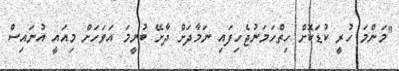
"މަންމަ ހުރީ ކުޑަކޮށް ހިތްހަމަނުޖެހިފައި ނަމާދަށް ދާށޭ ބުނީމަ އަވަހަށް މިއައީ އުނައިސް